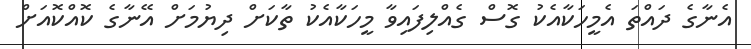
އެނާގެ ދައްތަ އެމީހަކާއެކު ގޮސް ގެއްލިފައިވާ މީހަކާއެކު ތާކަށް ދިޔުމަށް އޭނާގެ ކޮއްކޮއަށް